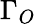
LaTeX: \Gamma_{O}